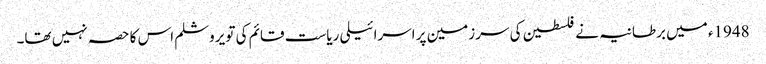
1948ء میں برطانیہ نے فلسطین کی سرزمین پر اسرائیلی ریاست قائم کی تو یروشلم اس کا حصہ نہیں تھا۔